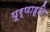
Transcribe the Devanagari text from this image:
पूर्णाहूति